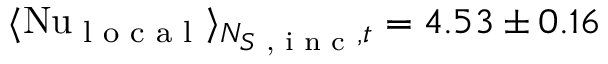
\langle \mathrm { N u } _ { \textrm { l o c a l } } \rangle _ { N _ { S \textrm { , i n c } } , t } = 4 . 5 3 \pm 0 . 1 6